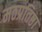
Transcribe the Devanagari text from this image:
मठप्रतिष्ठा